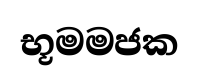
භූමමජක